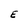
Character: E